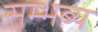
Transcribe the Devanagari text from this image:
सम्भब्य